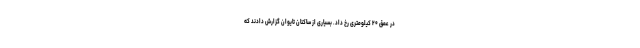
در عمق ۲۰ کیلومتری رخ داد. بسیاری از ساکنان تایوان گزارش دادند که